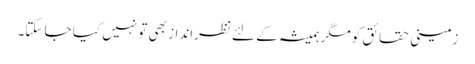
زمینی حقائق کو مگر ہمیشہ کے لئے نظرانداز بھی تو نہیں کیا جا سکتا۔